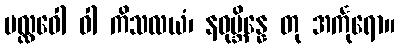
ပလ္လဝေါ ဝါ ကိသလယံ၊ နဝုဗ္ဘိန္နေ တု အင်္ကုရော။